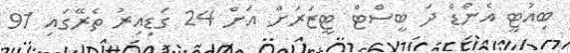
ބިއުޓީ އެންޑް ދަ ބީސްޓް ޓީޒަރަށް އަށް 24 ގަޑިއިރު ތެރޭގައި 91